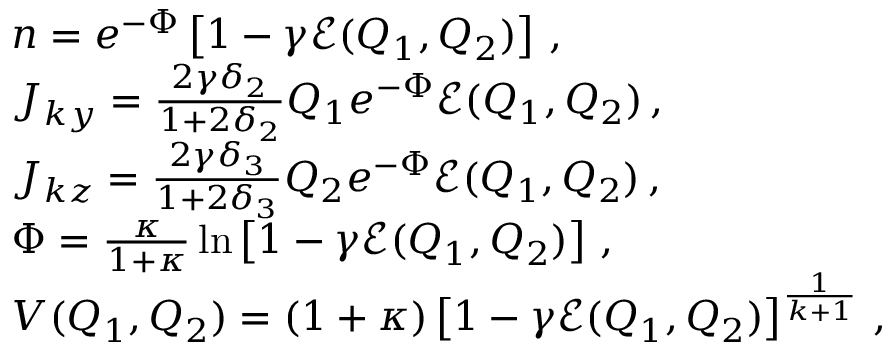
\begin{array} { r l } & { n = e ^ { - \Phi } \left[ 1 - \gamma { \mathcal { E } } ( Q _ { 1 } , Q _ { 2 } ) \right] \, , } \\ & { J _ { k y } = \frac { 2 \gamma \delta _ { 2 } } { 1 + 2 \delta _ { 2 } } Q _ { 1 } e ^ { - \Phi } { \mathcal { E } } ( Q _ { 1 } , Q _ { 2 } ) \, , } \\ & { J _ { k z } = \frac { 2 \gamma \delta _ { 3 } } { 1 + 2 \delta _ { 3 } } Q _ { 2 } e ^ { - \Phi } { \mathcal { E } } ( Q _ { 1 } , Q _ { 2 } ) \, , } \\ & { \Phi = \frac { \kappa } { 1 + \kappa } \ln \left[ 1 - \gamma { \mathcal { E } } ( Q _ { 1 } , Q _ { 2 } ) \right] \, , } \\ & { V ( Q _ { 1 } , Q _ { 2 } ) = ( 1 + \kappa ) \left[ 1 - \gamma { \mathcal { E } } ( Q _ { 1 } , Q _ { 2 } ) \right] ^ { \frac { 1 } { k + 1 } } \, , } \end{array}